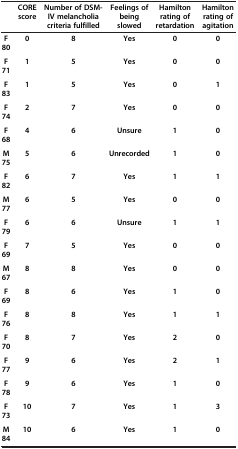
<table><thead><tr><td><b> </b></td><td><b>CORE score</b></td><td><b>Number of DSM-IV melancholia criteria fulfilled</b></td><td><b>Feelings of being slowed</b></td><td><b>Hamilton rating of retardation</b></td><td><b>Hamilton rating of agitation</b></td></tr></thead><tbody><tr><td><b>F 80</b></td><td><b>0</b></td><td><b>8</b></td><td><b>Yes</b></td><td><b>0</b></td><td><b>0</b></td></tr><tr><td><b>F 71</b></td><td><b>1</b></td><td><b>5</b></td><td><b>Yes</b></td><td><b>0</b></td><td><b>0</b></td></tr><tr><td><b>F 83</b></td><td><b>1</b></td><td><b>5</b></td><td><b>Yes</b></td><td><b>0</b></td><td><b>1</b></td></tr><tr><td><b>F 74</b></td><td><b>2</b></td><td><b>7</b></td><td><b>Yes</b></td><td><b>0</b></td><td><b>0</b></td></tr><tr><td><b>F 68</b></td><td><b>4</b></td><td><b>6</b></td><td><b>Unsure</b></td><td><b>1</b></td><td><b>0</b></td></tr><tr><td><b>M 75</b></td><td><b>5</b></td><td><b>6</b></td><td><b>Unrecorded</b></td><td><b>1</b></td><td><b>0</b></td></tr><tr><td><b>F 82</b></td><td><b>6</b></td><td><b>7</b></td><td><b>Yes</b></td><td><b>1</b></td><td><b>1</b></td></tr><tr><td><b>M 77</b></td><td><b>6</b></td><td><b>5</b></td><td><b>Yes</b></td><td><b>0</b></td><td><b>0</b></td></tr><tr><td><b>F 79</b></td><td><b>6</b></td><td><b>6</b></td><td><b>Unsure</b></td><td><b>1</b></td><td><b>1</b></td></tr><tr><td><b>F 69</b></td><td><b>7</b></td><td><b>5</b></td><td><b>Yes</b></td><td><b>0</b></td><td><b>0</b></td></tr><tr><td><b>M 67</b></td><td><b>8</b></td><td><b>8</b></td><td><b>Yes</b></td><td><b>0</b></td><td><b>0</b></td></tr><tr><td><b>F 69</b></td><td><b>8</b></td><td><b>6</b></td><td><b>Yes</b></td><td><b>1</b></td><td><b>0</b></td></tr><tr><td><b>F 76</b></td><td><b>8</b></td><td><b>8</b></td><td><b>Yes</b></td><td><b>1</b></td><td><b>1</b></td></tr><tr><td><b>F 70</b></td><td><b>8</b></td><td><b>7</b></td><td><b>Yes</b></td><td><b>2</b></td><td><b>0</b></td></tr><tr><td><b>F 77</b></td><td><b>9</b></td><td><b>6</b></td><td><b>Yes</b></td><td><b>2</b></td><td><b>1</b></td></tr><tr><td><b>F 78</b></td><td><b>9</b></td><td><b>6</b></td><td><b>Yes</b></td><td><b>1</b></td><td><b>0</b></td></tr><tr><td><b>F 73</b></td><td><b>10</b></td><td><b>7</b></td><td><b>Yes</b></td><td><b>1</b></td><td><b>3</b></td></tr><tr><td><b>M 84</b></td><td><b>10</b></td><td><b>6</b></td><td><b>Yes</b></td><td><b>1</b></td><td><b>0</b></td></tr></tbody></table>